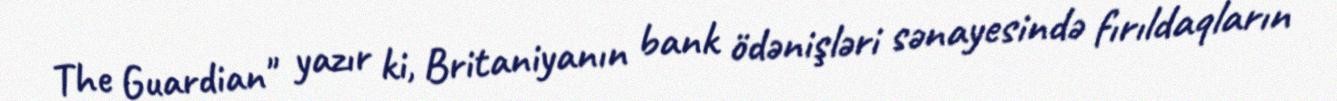
The Guardian" yazır ki, Britaniyanın bank ödənişləri sənayesində fırıldaqların